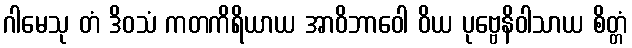
ဂါမေသု တံ ဒိဝသံ ကတကိရိယာယ အာဝိဘာဝေါ ဝိယ ပုဗ္ဗေနိဝါသာယ စိတ္တံ